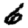
Digit: 6